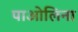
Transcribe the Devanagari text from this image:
पाओलिना